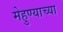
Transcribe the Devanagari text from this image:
मेहुण्याच्या